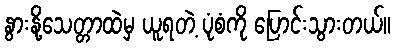
နွားနို့သေတ္တာထဲမှ ယူရတဲ့ ပုံစံကို ပြောင်းသွားတယ်။